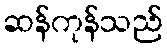
ဆန်ကုန်သည်